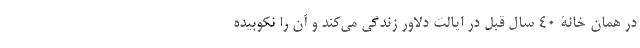
در همان خانۀ 40 سال قبل در ایالت دلاور زندگی می‌کند و آن را نکوبیده